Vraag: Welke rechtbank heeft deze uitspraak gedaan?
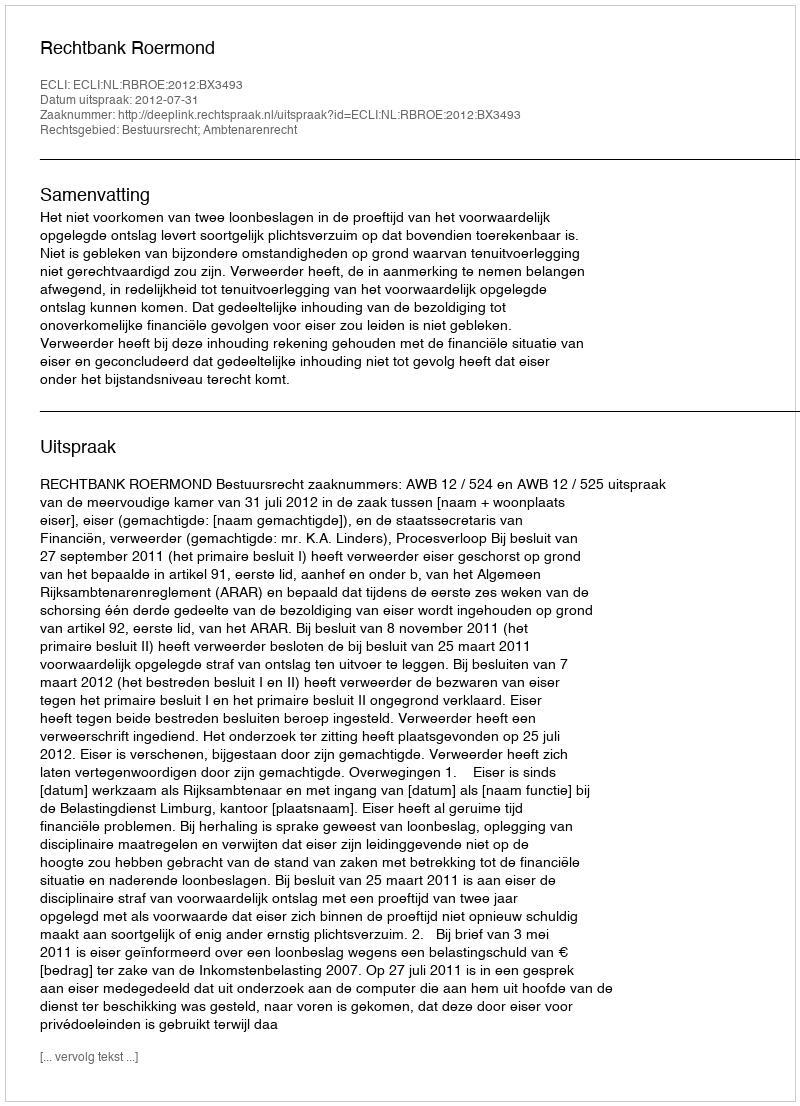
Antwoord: Rechtbank Roermond